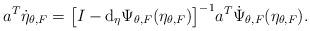
LaTeX: \begin{align*}a^T\dot{\eta}_{\theta,F}=\bigl[I-\mathrm{d}_{\eta}\Psi_{\theta,F}(\eta_{\theta,F})\bigr]^{-1} a^T\dot{\Psi}_{\theta,F}(\eta_{\theta,F}).\end{align*}